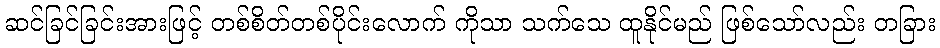
ဆင်ခြင်ခြင်းအားဖြင့် တစ်စိတ်တစ်ပိုင်းလောက် ကိုသာ သက်သေ ထူနိုင်မည် ဖြစ်သော်လည်း တခြား